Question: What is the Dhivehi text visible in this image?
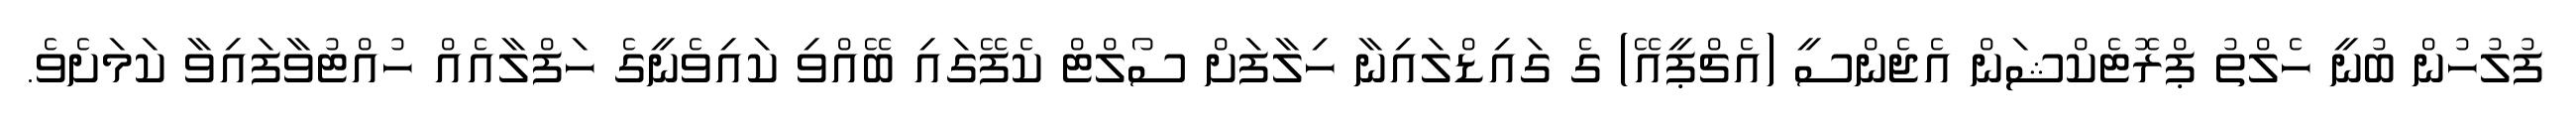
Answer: ފުލުހުން ބުނީ ހެލްތު ޕްރޮޓެކްޝަން އެޖެންސީ (އެޗްޕީއޭ) ގެ ގައިޑްލައިނާ ހިލާފަށް ސޯލްޓް ކެފޭގައި ބޭއްވި ކައިވެނީގެ ހަފްލާއެއް ހުއްޓުވާފައިވާ ކަމަށެވެ.